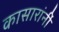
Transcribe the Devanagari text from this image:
कासारांनीं